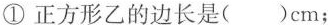
①正方形乙的边长是( )cm；